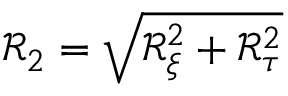
\mathcal { R } _ { 2 } = \sqrt { \mathcal { R } _ { \xi } ^ { 2 } + \mathcal { R } _ { \tau } ^ { 2 } }